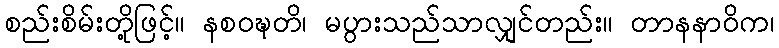
စည်းစိမ်းတို့ဖြင့်။ နစဝဍ္ဎတိ၊ မပွားသည်သာလျှင်တည်း။ တာနနာဝိက၊